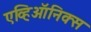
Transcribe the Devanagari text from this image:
एव्हिऑनिक्स